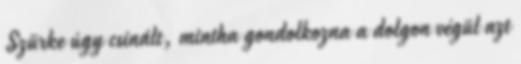
Szürke úgy csinált, mintha gondolkozna a dolgon végül azt